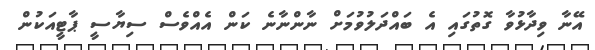
އޭނާ ވިދާޅުވާ ގޮތުގައި އެ ބައްދަލުވުމަށް ނާންނާނެ ކަން އެއްވެސް ސިޔާސީ ޕާޓީއަކުން